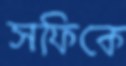
সফিকে